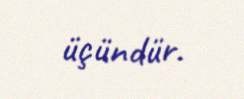
üçündür.